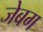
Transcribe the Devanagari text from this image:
जेबग